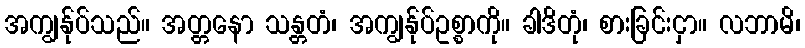
အကျွန်ုပ်သည်။ အတ္တနော သန္တတံ၊ အကျွန်ုပ်ဥစ္စာကို။ ခါဒိတုံ၊ စားခြင်းငှာ။ လဘာမိ၊